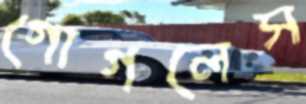
গোগলেস